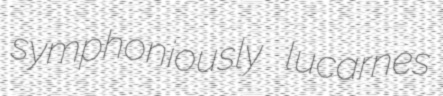
symphoniously lucarnes